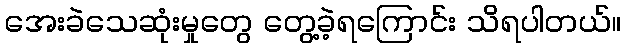
အေးခဲသေဆုံးမှုတွေ တွေ့ခဲ့ရကြောင်း သိရပါတယ်။